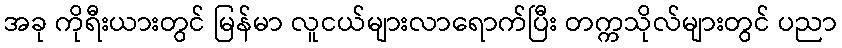
အခု ကိုရီးယားတွင် မြန်မာ လူငယ်များလာရောက်ပြီး တက္ကသိုလ်များတွင် ပညာ